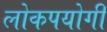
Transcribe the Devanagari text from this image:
लोकपयोगी